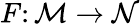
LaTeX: F\colon\mathcal{M}\rightarrow\mathcal{N}